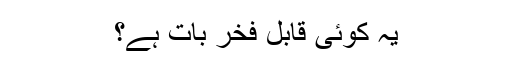
یہ کوئی قابل فخر بات ہے؟